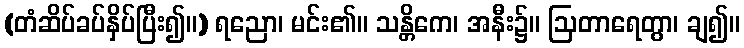
(တံဆိပ်ခပ်နှိပ်ပြီး၍။) ရညော၊ မင်း၏။ သန္တိကေ၊ အနီး၌။ ဩတာရေတွာ၊ ချ၍။